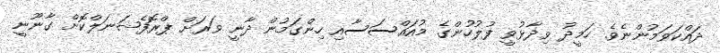
ދައްކަވަމުންނެވެ. ހަމީދު ވިދާޅުވީ ފުލުހުންގެ މުއައްސަސާއި ހިންގަމުން ދާނީ ވަރަށް ޕްރޮފެޝަނަލްކޮށް ގާނޫނީ